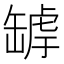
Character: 𦉄